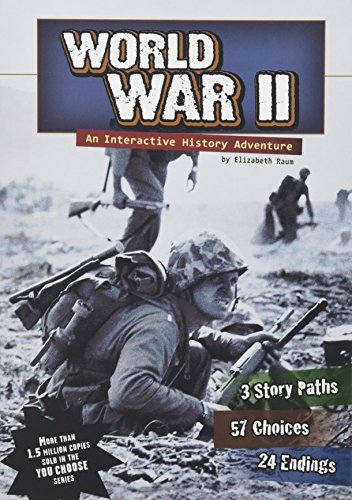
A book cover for World War II: An Interactive History Adventure (You Choose: History); Elizabeth Raum; Children's Books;